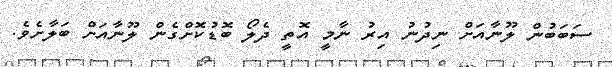
ސަބަބުން ލޫނާއަށް ނިދުނު އިރު ނާމީ އޮތީ ދެލޯ ބޮޑުކޮށްގެން ލޫނާއަށް ބަލާށެވެ.